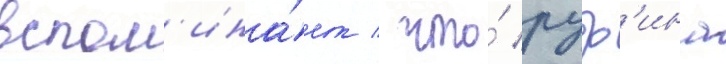
вспом'ина́ет / что́ руф'ина